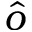
\hat { o }